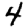
Digit: 4